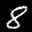
Label: 8